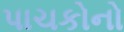
પાચકોનો